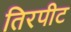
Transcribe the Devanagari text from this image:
तिरपीट